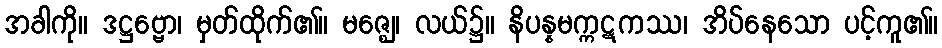
အခါကို။ ဒဋ္ဌဗ္ဗော၊ မှတ်ထိုက်၏။ မဇ္ဈေ၊ လယ်၌။ နိပန္နမက္ကဋကဿ၊ အိပ်နေသော ပင့်ကူ၏။